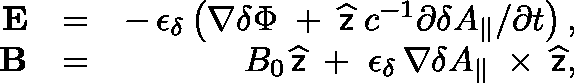
\begin{array} { r l r } { { \bf E } } & { = } & { - \, \epsilon _ { \delta } \left( \nabla \delta \Phi \; + \; \widehat { \sf z } \; c ^ { - 1 } \partial \delta A _ { \| } / \partial t \right) , } \\ { { \bf B } } & { = } & { B _ { 0 } \, \widehat { \sf z } \; + \; \epsilon _ { \delta } \, \nabla \delta A _ { \| } \, \mathrm { \boldmath ~ \times ~ } \, \widehat { \sf z } , } \end{array}